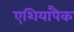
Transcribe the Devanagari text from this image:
एशियापैक